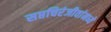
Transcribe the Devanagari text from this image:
सप्तचिरंजीवांमध्ये